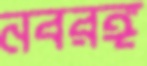
নবরঙ্গ